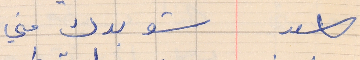
اسعد         شو بدك مني